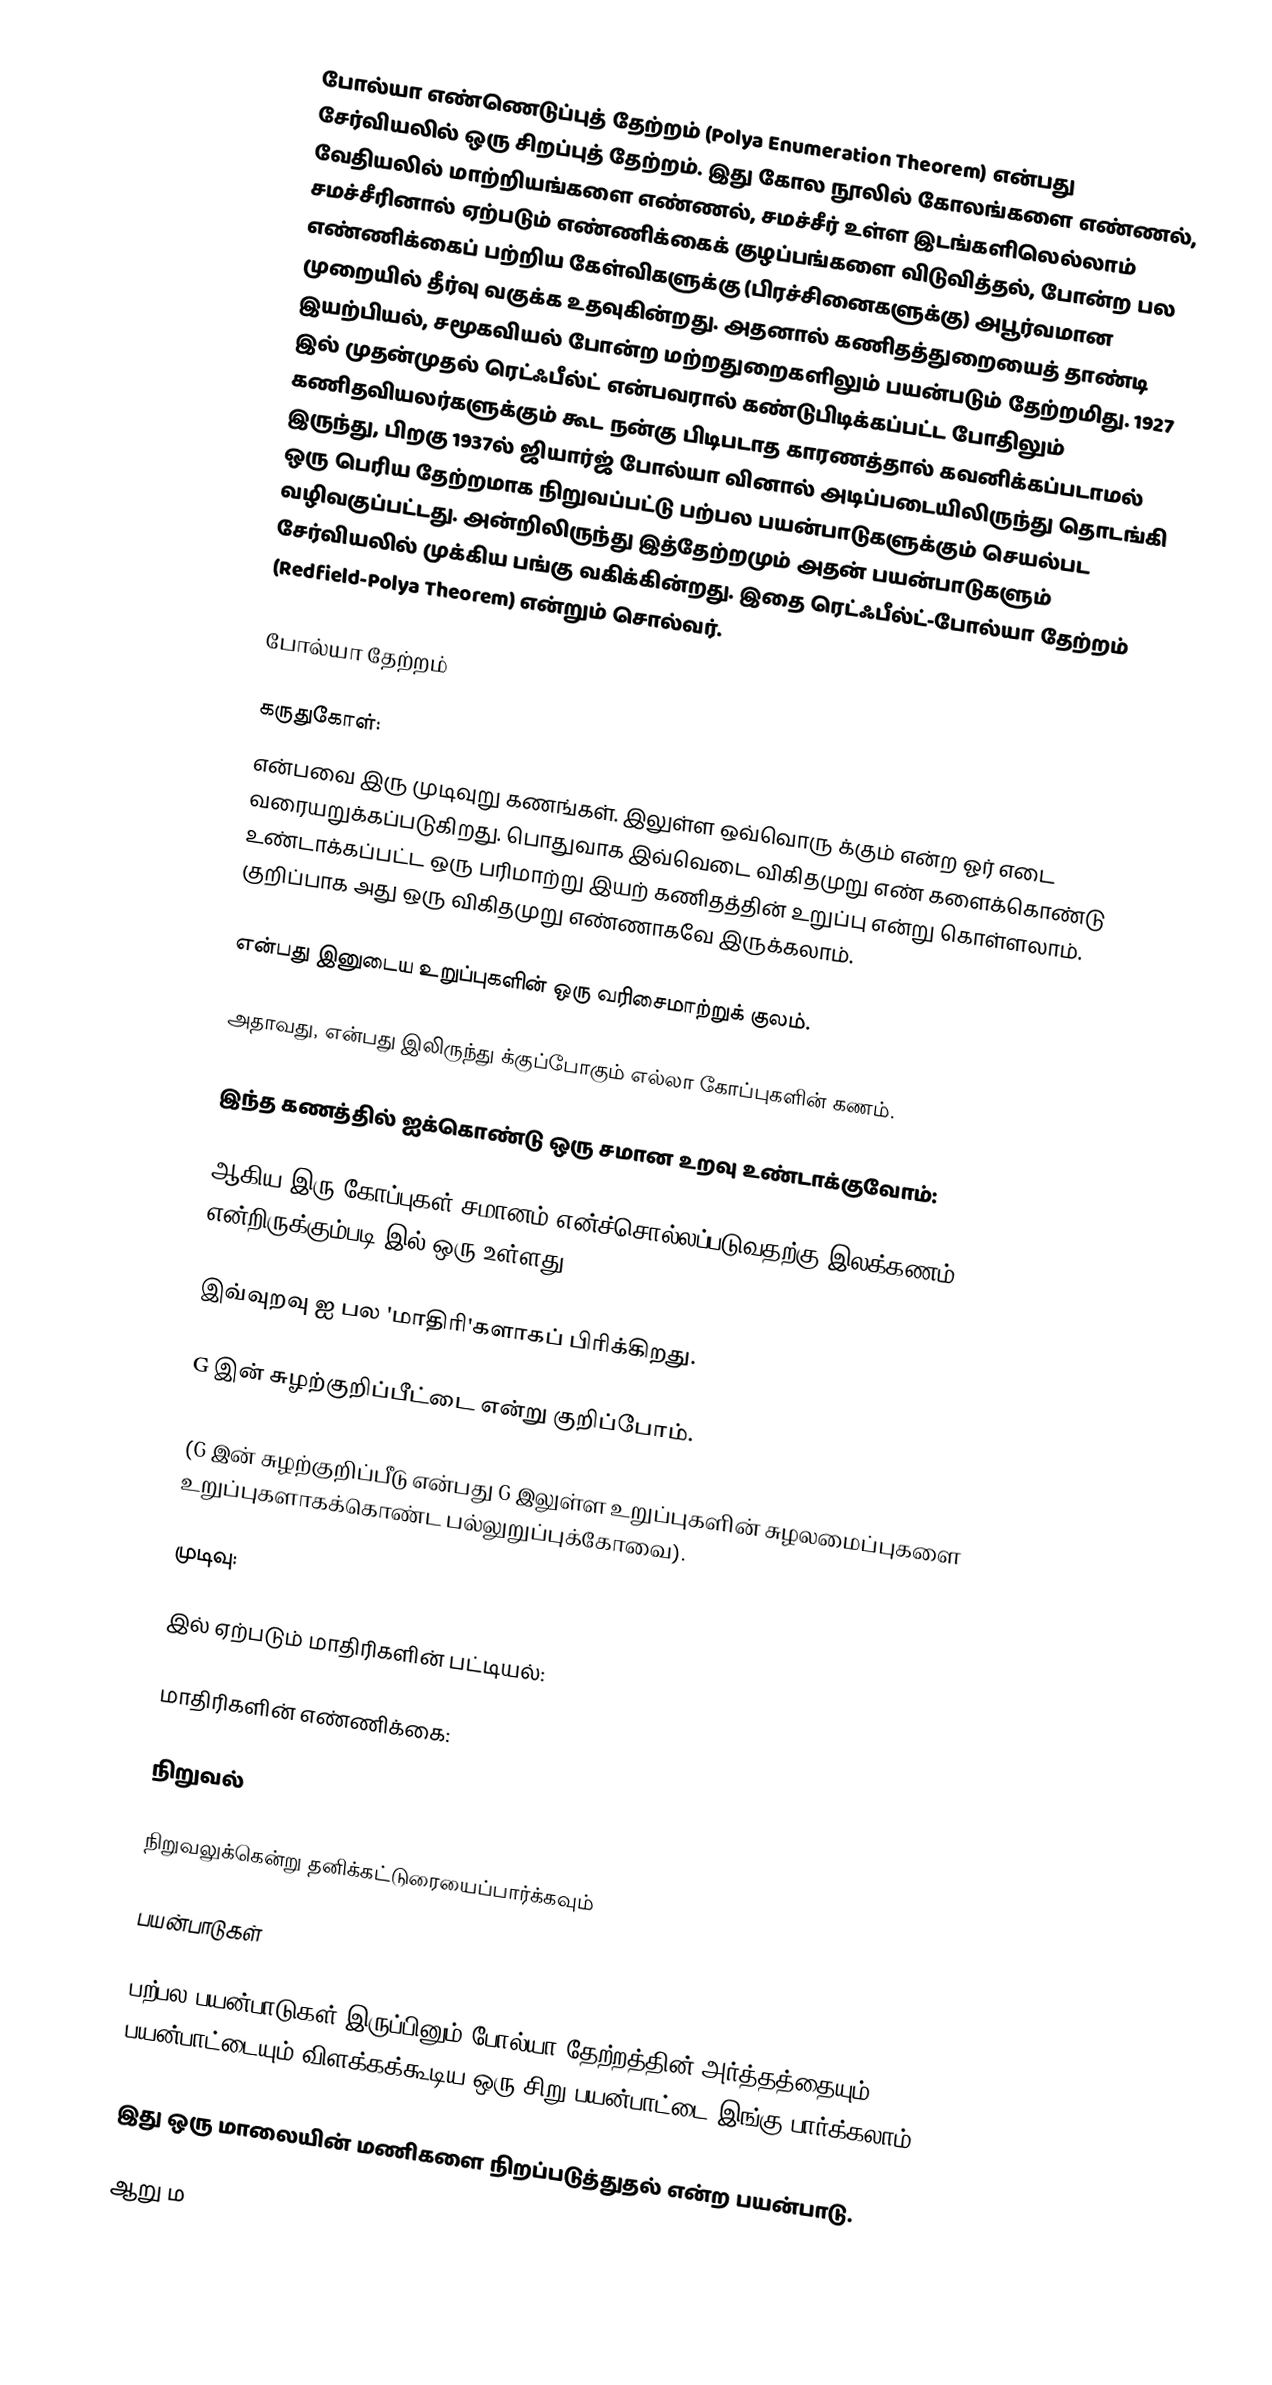
போல்யா எண்ணெடுப்புத் தேற்றம்  (Polya Enumeration Theorem) என்பது சேர்வியலில் ஒரு சிறப்புத் தேற்றம். இது கோல நூலில் கோலங்களை எண்ணல், வேதியலில் மாற்றியங்களை எண்ணல், சமச்சீர் உள்ள இடங்களிலெல்லாம் சமச்சீரினால்  ஏற்படும் எண்ணிக்கைக் குழப்பங்களை  விடுவித்தல்,  போன்ற பல எண்ணிக்கைப் பற்றிய கேள்விகளுக்கு (பிரச்சினைகளுக்கு) அபூர்வமான முறையில் தீர்வு வகுக்க உதவுகின்றது. அதனால் கணிதத்துறையைத் தாண்டி இயற்பியல், சமூகவியல் போன்ற மற்றதுறைகளிலும் பயன்படும் தேற்றமிது. 1927 இல் முதன்முதல் ரெட்ஃபீல்ட் என்பவரால் கண்டுபிடிக்கப்பட்ட போதிலும்  கணிதவியலர்களுக்கும் கூட நன்கு பிடிபடாத காரணத்தால் கவனிக்கப்படாமல் இருந்து, பிறகு 1937ல் ஜியார்ஜ் போல்யா வினால் அடிப்படையிலிருந்து தொடங்கி ஒரு பெரிய தேற்றமாக நிறுவப்பட்டு பற்பல பயன்பாடுகளுக்கும்  செயல்பட வழிவகுப்பட்டது. அன்றிலிருந்து இத்தேற்றமும் அதன் பயன்பாடுகளும் சேர்வியலில் முக்கிய பங்கு வகிக்கின்றது. இதை ரெட்ஃபீல்ட்-போல்யா தேற்றம் (Redfield-Polya Theorem) என்றும் சொல்வர்.

போல்யா தேற்றம்

கருதுகோள்:
 என்பவை இரு முடிவுறு கணங்கள்.  இலுள்ள ஒவ்வொரு   க்கும்  என்ற  ஓர் எடை  வரையறுக்கப்படுகிறது. பொதுவாக இவ்வெடை விகிதமுறு எண் களைக்கொண்டு உண்டாக்கப்பட்ட ஒரு பரிமாற்று இயற் கணிதத்தின் உறுப்பு என்று கொள்ளலாம். குறிப்பாக அது ஒரு விகிதமுறு எண்ணாகவே இருக்கலாம்.

 என்பது  இனுடைய உறுப்புகளின்  ஒரு வரிசைமாற்றுக் குலம்.

 அதாவது,  என்பது  இலிருந்து    க்குப்போகும் எல்லா கோப்புகளின் கணம்.

இந்த கணத்தில்   ஐக்கொண்டு  ஒரு சமான உறவு உண்டாக்குவோம்:

 ஆகிய இரு கோப்புகள் சமானம் என்ச்சொல்லப்படுவதற்கு இலக்கணம்:  என்றிருக்கும்படி  இல் ஒரு  உள்ளது.

இவ்வுறவு  ஐ பல 'மாதிரி'களாகப் பிரிக்கிறது.

G இன் சுழற்குறிப்பீட்டை   என்று குறிப்போம்.

 (G இன் சுழற்குறிப்பீடு என்பது G இலுள்ள  உறுப்புகளின்  சுழலமைப்புகளை உறுப்புகளாகக்கொண்ட   பல்லுறுப்புக்கோவை).

முடிவு:

  இல் ஏற்படும் மாதிரிகளின் பட்டியல்:

 மாதிரிகளின் எண்ணிக்கை:

நிறுவல்

நிறுவலுக்கென்று தனிக்கட்டுரையைப்பார்க்கவும்

பயன்பாடுகள்

பற்பல பயன்பாடுகள் இருப்பினும் போல்யா தேற்றத்தின் அர்த்தத்தையும் பயன்பாட்டையும் விளக்கக்கூடிய ஒரு சிறு பயன்பாட்டை இங்கு பார்க்கலாம்.

இது ஒரு மாலையின் மணிகளை நிறப்படுத்துதல்  என்ற பயன்பாடு.

ஆறு ம